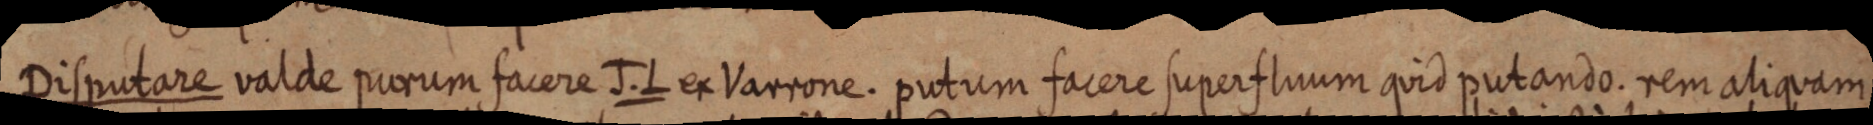
Disputare valde purum facere J. L ex Varrone. putum facere superfluum quid putando. rem aliquam